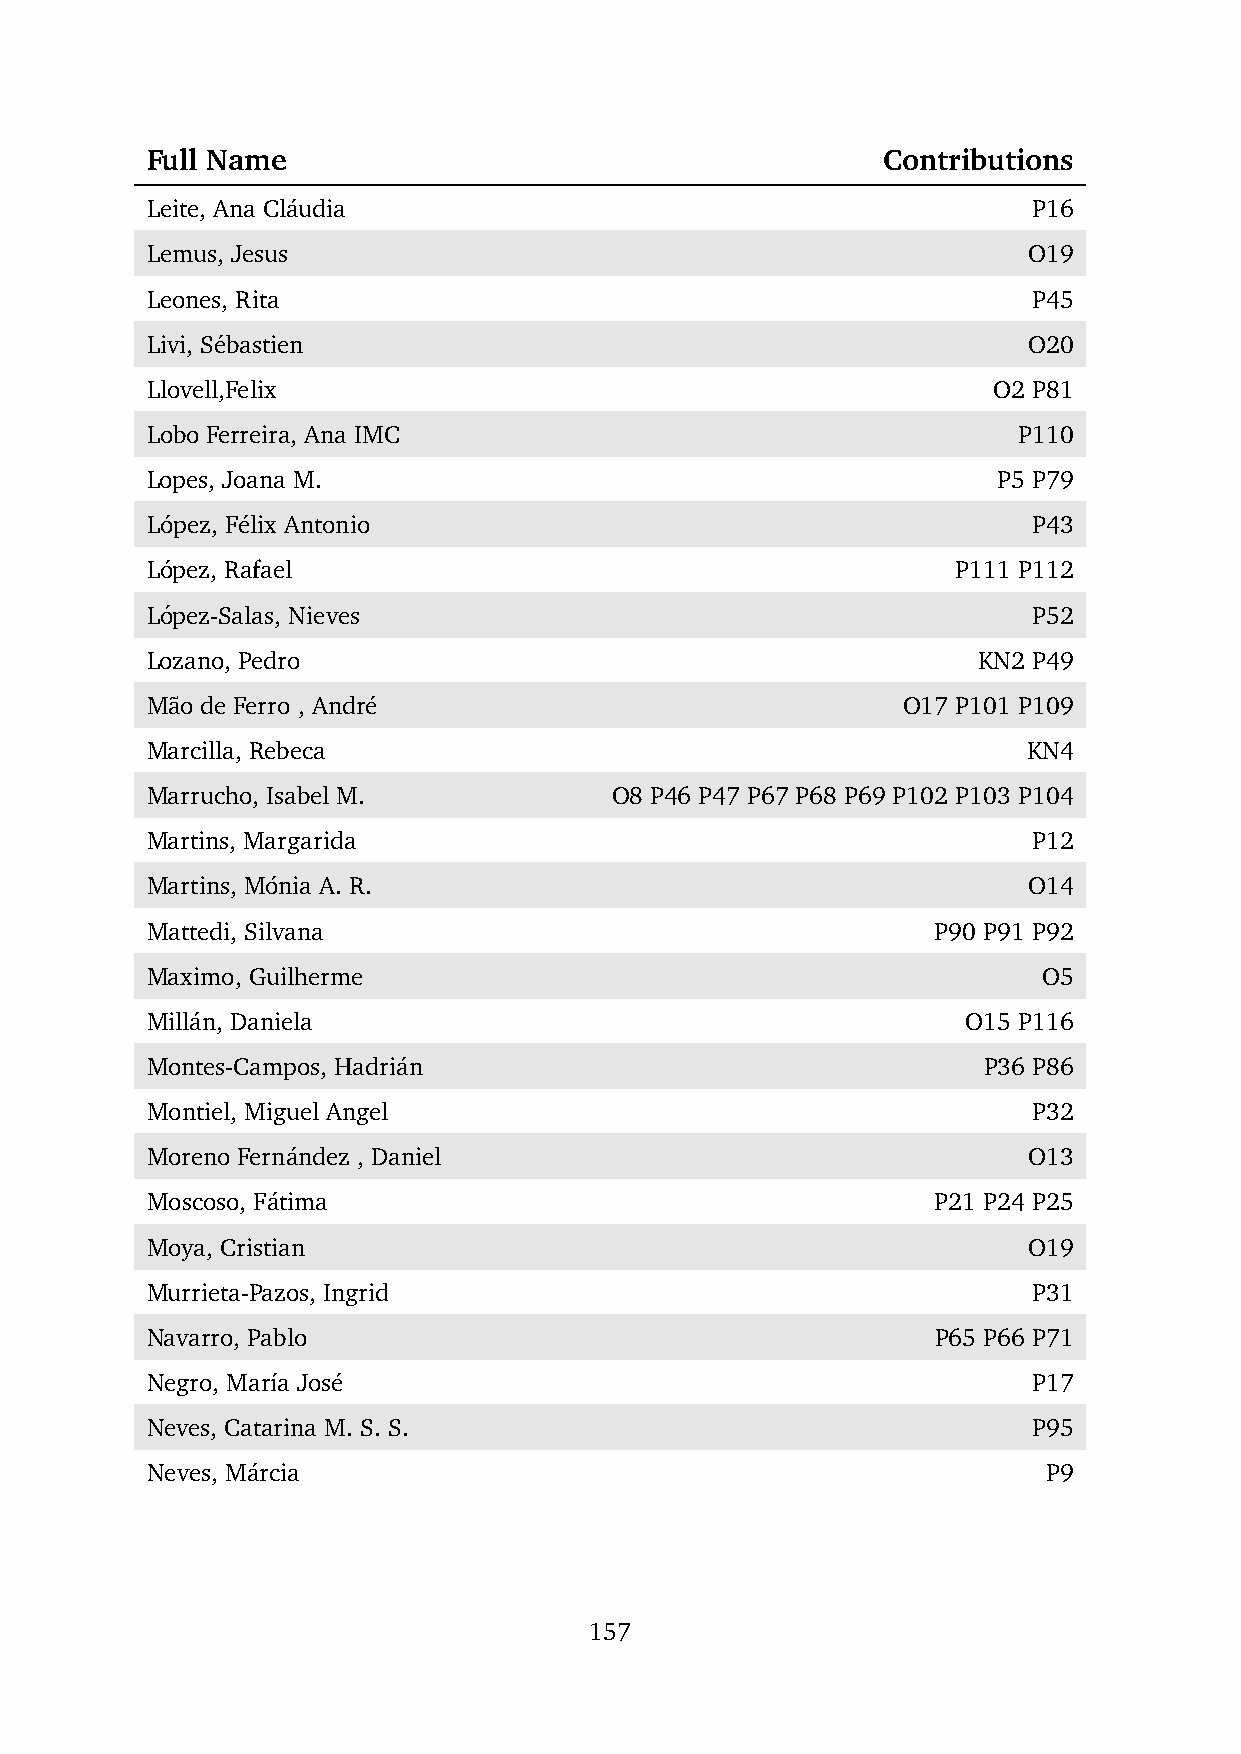
Full Name                                       Contributions
 Leite, Ana Cla´udia                                       P16
 Lemus, Jesus                                              O19
 Leones, Rita                                              P45
 Livi, S´ebastien                                          O20
 Llovell,Felix                                           O2 P81
 Lobo Ferreira, Ana IMC                                   P110
 Lopes, Joana M.                                         P5 P79
 Lo´pez, F´elix Antonio                                    P43
 Lo´pez, Rafael                                       P111 P112
 Lo´pez-Salas, Nieves                                      P52
 Lozano, Pedro                                          KN2 P49
 Ma˜o de Ferro , Andr´e                            O17 P101 P109
 Marcilla, Rebeca                                          KN4
 Marrucho, Isabel M.           O8 P46 P47 P67 P68 P69 P102 P103 P104
 Martins, Margarida                                        P12
 Martins, Mo´nia A. R.                                     O14
 Mattedi, Silvana                                    P90 P91 P92
 Maximo, Guilherme                                          O5
 Milla´n, Daniela                                      O15 P116
 Montes-Campos, Hadria´n                                P36 P86
 Montiel, Miguel Angel                                     P32
 Moreno Ferna´ndez , Daniel                                O13
 Moscoso, Fa´tima                                    P21 P24 P25
 Moya, Cristian                                            O19
 Murrieta-Pazos, Ingrid                                    P31
 Navarro, Pablo                                      P65 P66 P71
 Negro, Mar´ıa Jos´e                                       P17
 Neves, Catarina M. S. S.                                  P95
 Neves, Ma´rcia                                             P9
 157